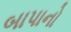
બાપાનો